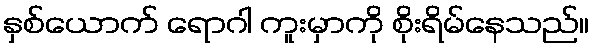
နှစ်ယောက် ရောဂါ ကူးမှာကို စိုးရိမ်နေသည်။